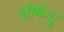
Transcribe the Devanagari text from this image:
शीर्षेन्दु